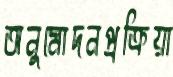
অনুমোদনপ্রক্রিয়া